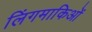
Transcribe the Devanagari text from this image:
लिंगमाकिओं